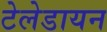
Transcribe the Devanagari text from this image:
टेलेडायन